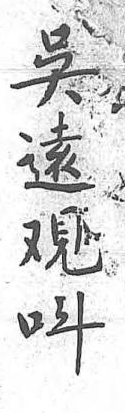
吳遠覌呌